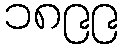
၁၈၉၉